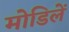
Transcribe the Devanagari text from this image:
मोडिलें